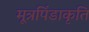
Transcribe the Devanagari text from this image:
मूत्रपिंडाकृति